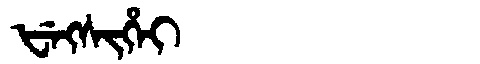
Manchu: ᡶᡝᡴᠰᡳᡥᡝᡳ
Romanization: FEKSIHEI